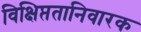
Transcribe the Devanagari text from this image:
विक्षिप्ततानिवारक